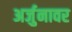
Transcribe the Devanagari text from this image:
अर्जुनावर